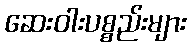
ဆေးဝါးပစ္စည်းများ